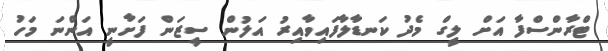
ޓްރާންސްފާ އަށް ލީގް މެދު ކަނޑާލާފައިވާއިރު އަލުން ސީޒަން ފަށާނީ އަންނަ މަހު